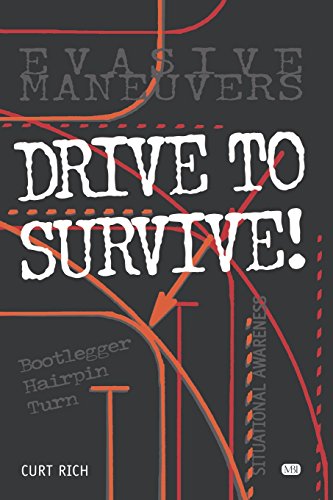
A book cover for Drive to Survive (Motorbooks Workshop); Curt Rich; Test Preparation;